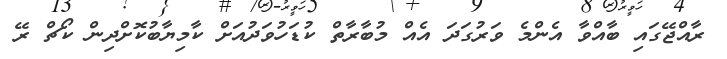
ރާއްޖޭގައި ބާއްވާ އެންމެ ވަރުގަދަ އެއް މުބާރާތް ކުޑަހުވަދުއަށް ކާމިޔާބުކޮށްދިން ކޯޗް ރޭ